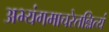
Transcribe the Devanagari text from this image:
अभ्यंगमाचरेतन्नित्यं